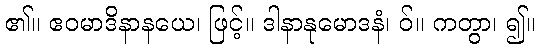
၏။ ဧဝမာဒိနာနယေ၊ ဖြင့်။ ဒါနာနုမောဒနံ၊ ဝ်။ ကတွာ၊ ၍။